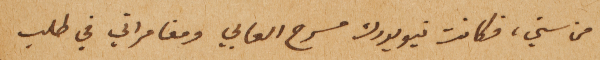
من سني، فكانت نيويورك مسرح العابي ومغامراتي في طلب